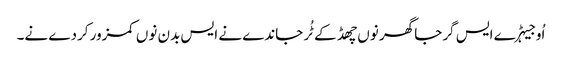
اُو جیہڑے ایس گرجا گھر نوں چھڈ کے ٹُر جاندے نے ایس بدن نوں کمزور کردے نے۔